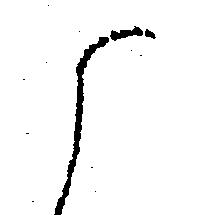
候